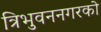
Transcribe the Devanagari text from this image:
त्रिभुवननगरको